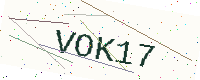
Text: VOK17